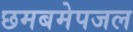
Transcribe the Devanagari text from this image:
छमबमेपजल